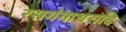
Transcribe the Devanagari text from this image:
रसगंगाधरादि